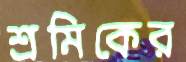
শ্রমিকের